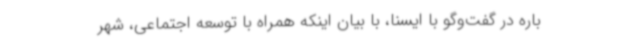
باره در گفت‌وگو با ایسنا، با بیان اینکه همراه با توسعه اجتماعی، شهر